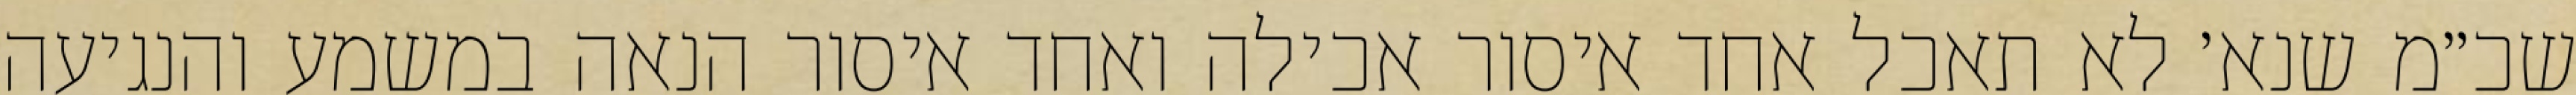
שכ״מ שנא׳ לא תאכל אחד איסור אכילה ואחד איסור הנאה במשמע והנגיעה